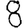
Digit: 8